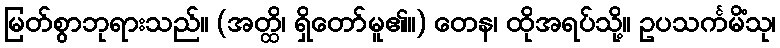
မြတ်စွာဘုရားသည်။ (အတ္ထိ၊ ရှိတော်မူ၏။) တေန၊ ထိုအရပ်သို့။ ဥပသင်္ကမိံသု၊